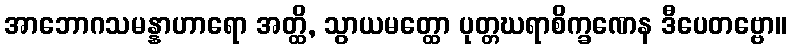
အာဘောဂသမန္နာဟာရော အတ္ထိ, သွာယမတ္ထော ပုတ္တဃရာစိက္ခဏေန ဒီပေတဗ္ဗော။